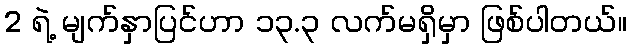
2 ရဲ့ မျက်နှာပြင်ဟာ ၁၃.၃ လက်မရှိမှာ ဖြစ်ပါတယ်။